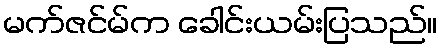
မက်ဇင်မ်က ခေါင်းယမ်းပြသည်။